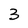
Character: 3